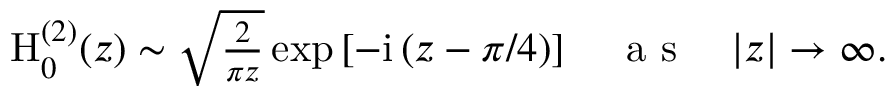
\begin{array} { r } { \mathrm { H } _ { 0 } ^ { ( 2 ) } ( z ) \sim \sqrt { \frac { 2 } { \pi z } } \exp \left[ - \mathrm { i } \left( z - \pi / 4 \right) \right] \quad \mathrm { ~ a ~ s ~ } \quad | z | \rightarrow \infty . } \end{array}